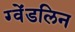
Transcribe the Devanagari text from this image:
ग्वेंडलिन